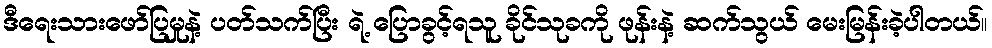
ဒီရေးသားဖော်ပြမှုနဲ့ ပတ်သက်ပြီး ရဲ့ ပြောခွင့်ရသူ ခိုင်သုခကို ဖုန်းနဲ့ ဆက်သွယ် မေးမြန်းခဲ့ပါတယ်။